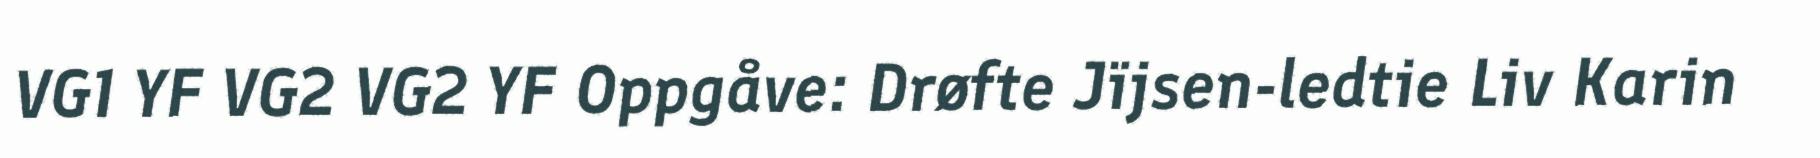
VG1 YF VG2 VG2 YF Oppgåve: Drøfte Jïjsen-ledtie Liv Karin